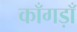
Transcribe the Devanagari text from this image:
काँगड़ाँ